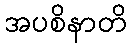
အပစိနာတိ